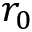
r _ { 0 }